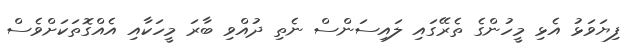
ފިޔަވަޅު އެޅި މީހުންގެ ތެރޭގައި ލައިސަންސް ނެތި ދުއްވި ބާރަ މީހަކާއި އެއްގޮތަކަށްވެސް